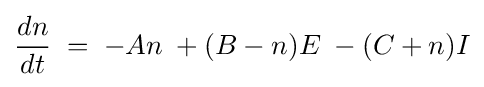
{dn \over dt}\;=\;-An\;+(B-n)E\;-(C+n)I